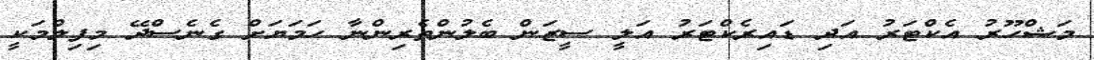
މަޝްހޫރު އެކްޓަރު އަދި ޑައިރެކްޓަރު އަލީ ސީޒަން ބެލުންތެރިންނާ ހަމަޔަށް ގެނެސްދޭ މިފިލްމަކީ